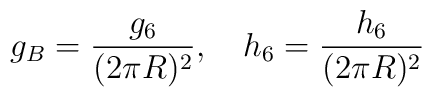
g_{B} = \frac{g_{6}}{(2 \pi R )^{2}}, \ \ \   h_{6} = \frac{h_{6}}{(2 \pi R )^{2}}